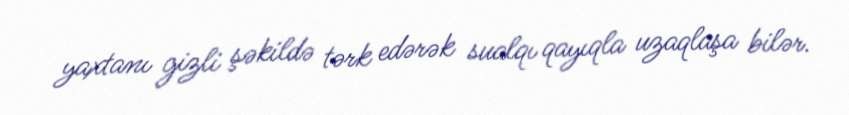
yaxtanı gizli şəkildə tərk edərək sualqı qayıqla uzaqlaşa bilər.